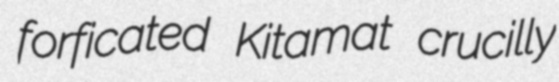
forficated Kitamat crucilly